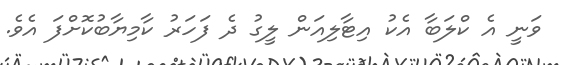
ވަނީ އެ ކްލަބާ އެކު އިޓާލިއަން ލީގު ދެ ފަހަރު ކާމިޔާބުކޮށްފަ އެވެ.